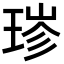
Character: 𬍮